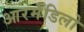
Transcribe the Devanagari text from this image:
आरर्मॅडिलो